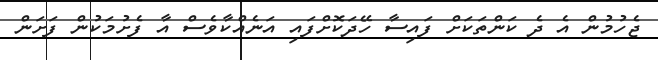
ޖެހުމުން އެ ދެ ކަންތަކަށް ފައިސާ ހޭދަކޮށްފައި އަނެއްކާވެސް އާ ފެށުމަކުން ފަށަން